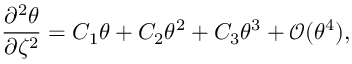
\frac { \partial ^ { 2 } \theta } { \partial \zeta ^ { 2 } } = C _ { 1 } \theta + C _ { 2 } \theta ^ { 2 } + C _ { 3 } \theta ^ { 3 } + \mathcal { O } ( \theta ^ { 4 } ) ,